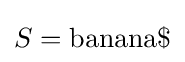
S={\textrm {banana\$}}